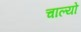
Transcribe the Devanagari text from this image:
चाल्‍यो